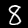
Label: 8